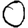
Digit: 0